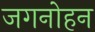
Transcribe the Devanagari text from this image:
जगनोहन